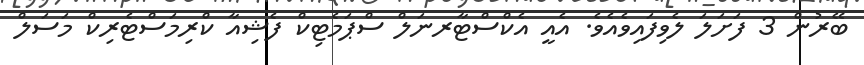
ބޭރުން 3 ފަށަލަ ލެވިފައިވެއެވެ. އެއީ އެކްސްޓާރނަލް ސްޕަމެޓިކް ފެޝިއާ ކްރިމަސްޓެރިކް މަސަލް